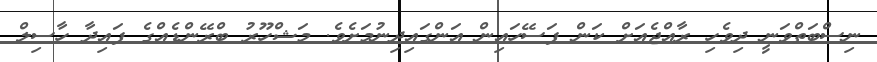
ނިސްބަތްވަނީ ދިވެހި ރާއްޖެއަށް ކަން ފަސޭހައިން އަންގައިދިނުމަށެވެ. މަޝްހޫރު ބްރޭންޑެއްގެ ފައިދާ ހާސިލް